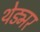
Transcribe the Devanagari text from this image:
थेड्मर